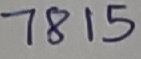
Text: 7815